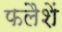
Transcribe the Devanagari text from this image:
फलैशें